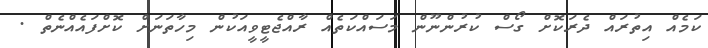
ކަމެއް އިތުރައް ދެރަކޮށް ގޯސް ކުރުންނޫން މަސައްކަތެއް ރާއްޖެޓީވީއަކުން މިހާތަނަށް ކޮށްފައެއްނެތް .